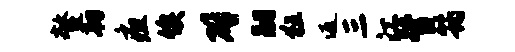
鳌韧疽俟辟嗣狂返三江督筠